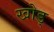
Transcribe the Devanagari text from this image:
खोड्